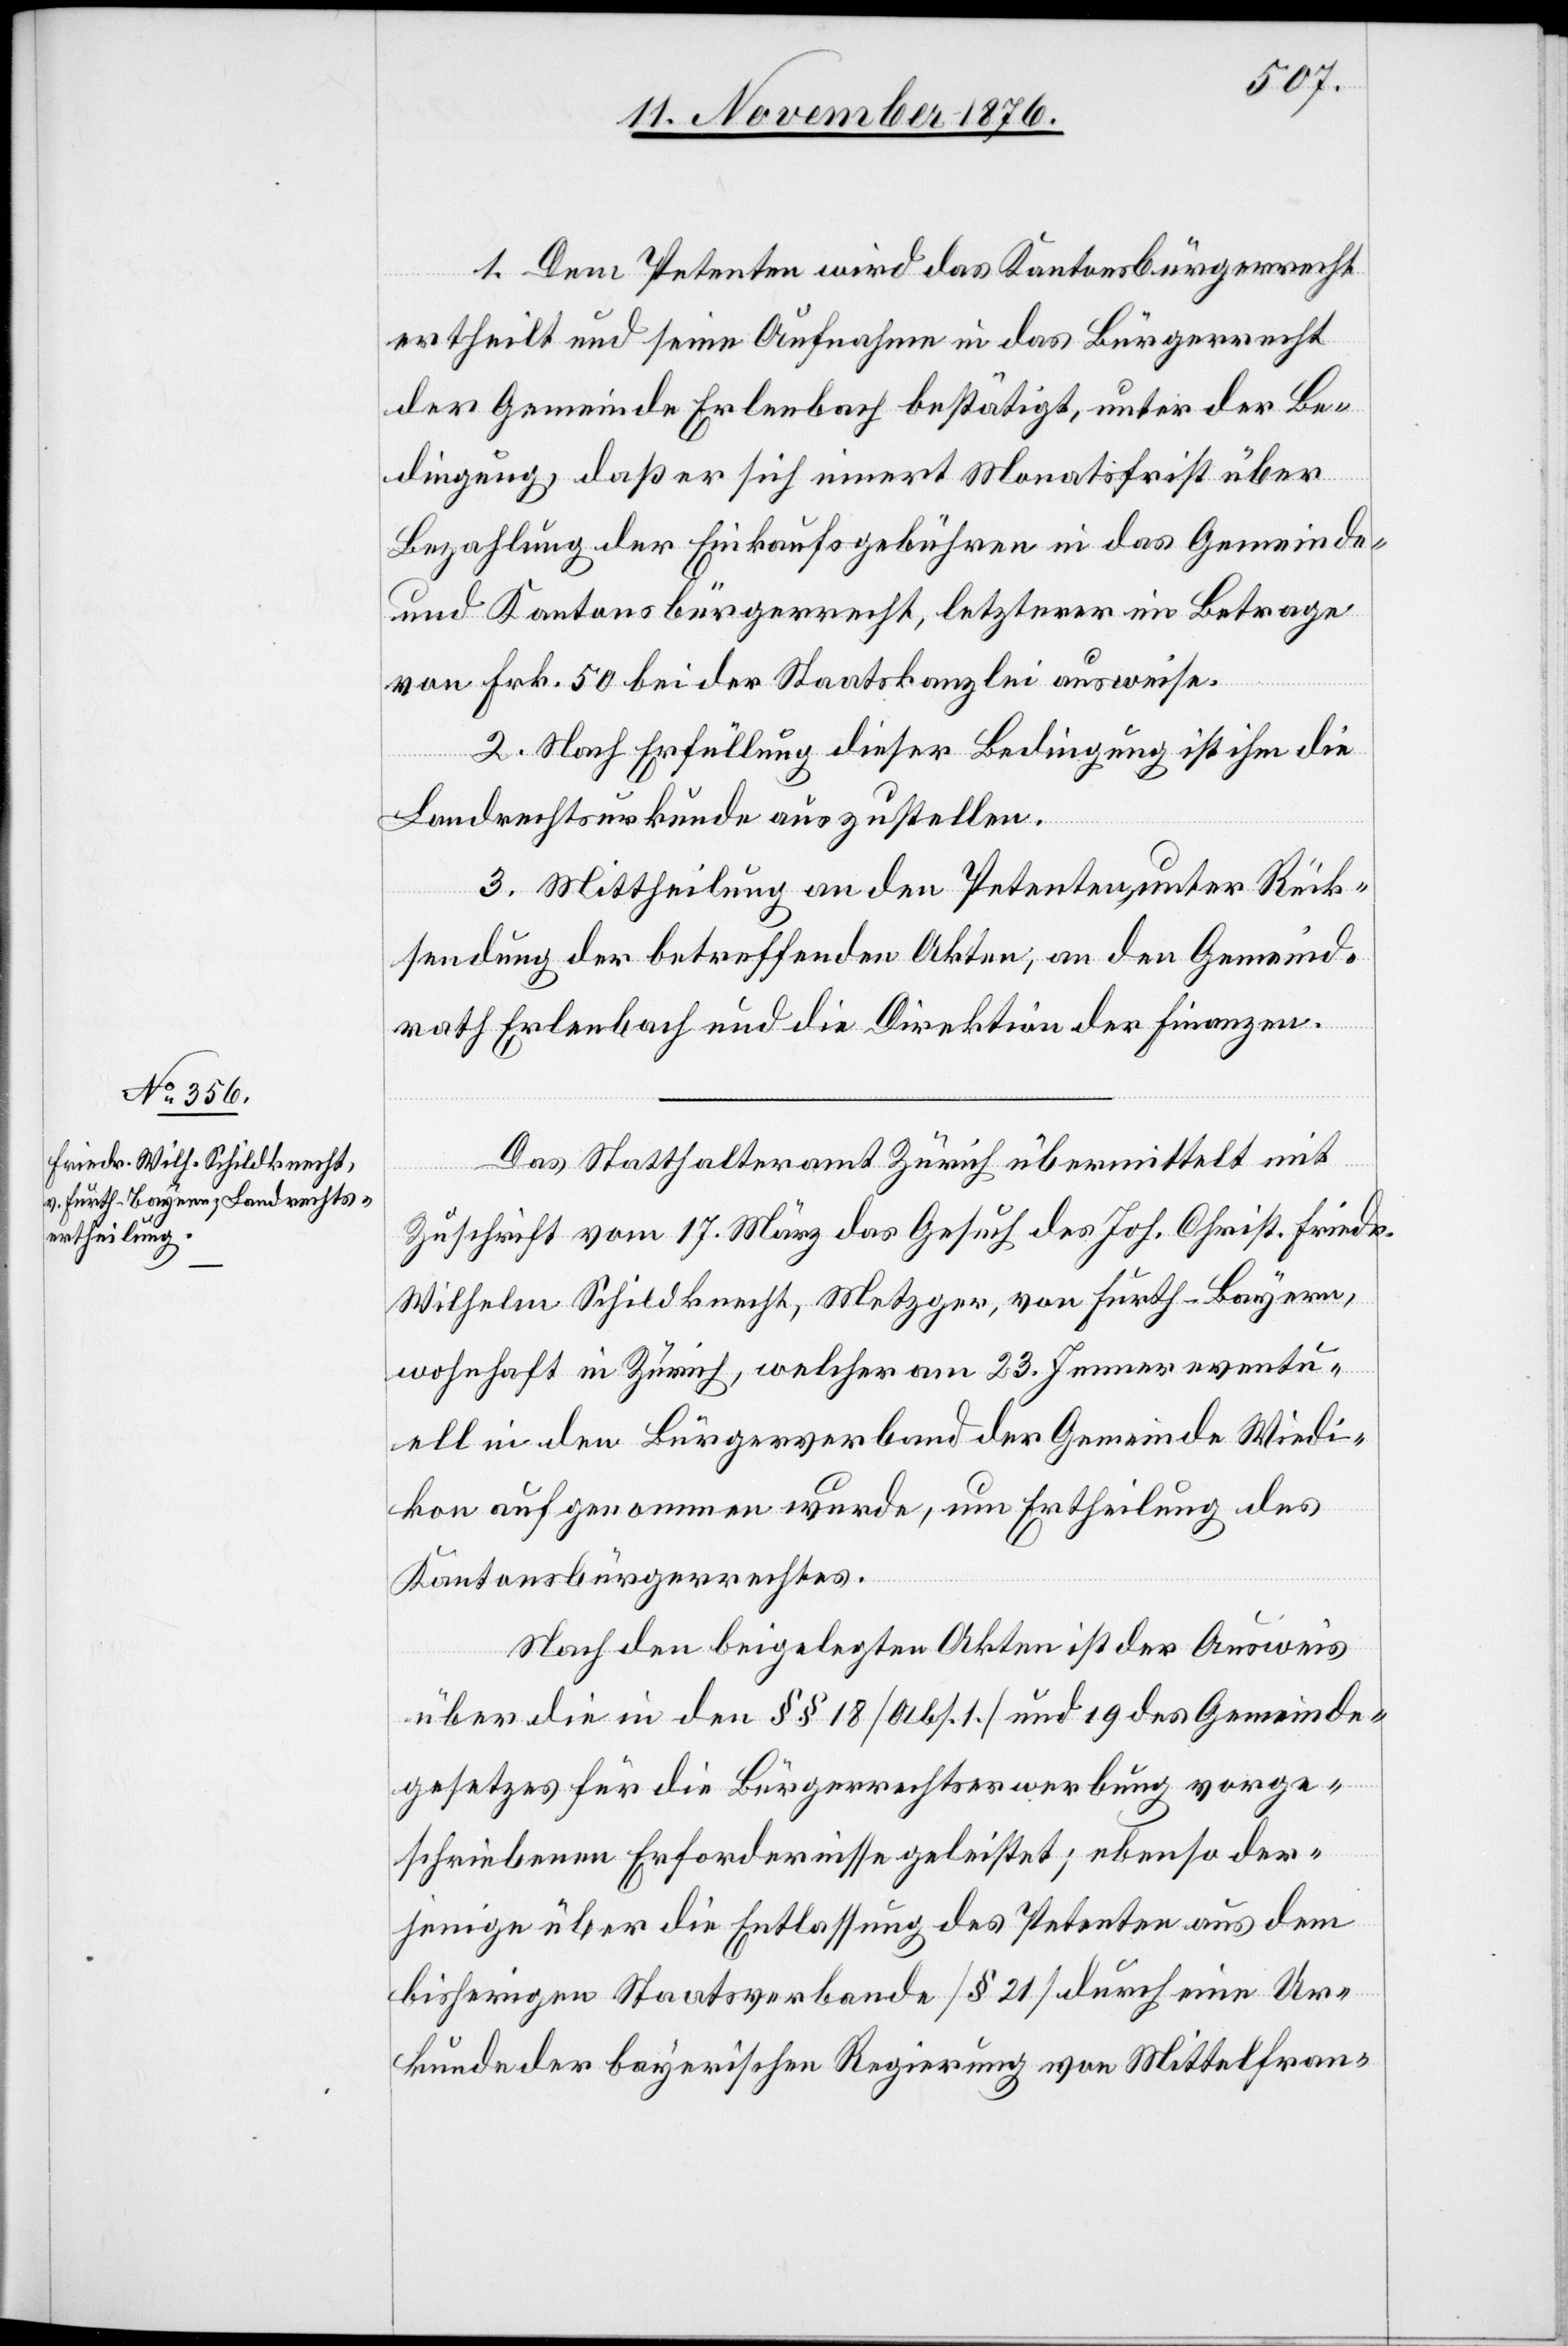
1. Dem Petenten wird das Kantonsbürgerrecht
ertheilt und seine Aufnahme in das Bürgerrecht
der Gemeinde Erlenbach bestätigt, unter der Be¬
dingung, daß er sich innert Monatsfrist über
Bezahlung der Einkaufsgebühren in das Gemeinde-
und Kantonsbürgerrecht, letzterer im Betrage
von Frk. 50 bei der Staatskanzlei ausweise.
2. Nach Erfüllung dieser Bedingung ist ihm die
Landrechtsurkunde auszustellen.
3. Mittheilung an den Petenten unter Rück¬
sendung der betreffenden Akten, an den Gemeind¬
rath Erlenbach und die Direktion der Finanzen.